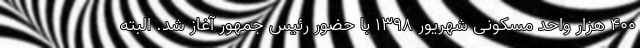
۴۰۰ هزار واحد مسکونی شهریور ۱۳۹۸ با حضور رئیس جمهور آغاز شد. البته